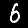
Label: 6